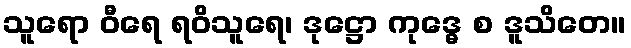
သူရော ဝီရေ ရဝိသူရေ၊ ဒုဋ္ဌော ကုဒ္ဓေ စ ဒူသိတေ။